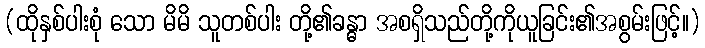
(ထိုနှစ်ပါးစုံ သော မိမိ သူတစ်ပါး တို့၏ခန္ဓာ အစရှိသည်တို့ကိုယူခြင်း၏အစွမ်းဖြင့်။)